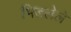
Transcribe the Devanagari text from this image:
भिडलेले